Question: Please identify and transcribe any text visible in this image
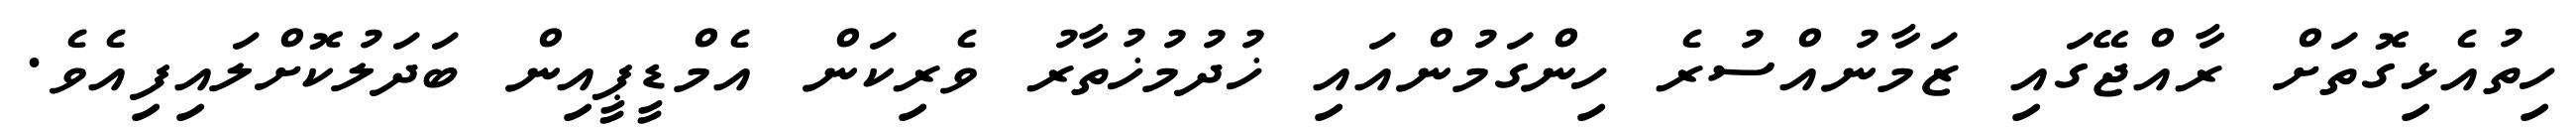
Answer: ހިތުއެޅިގޮތަށް ރާއްޖޭގައި ޒަމާނުއްސުރެ ހިންގަމުންއައި ޚުދުމުޚުތާރު ވެރިކަން އެމްޑީޕީއިން ބަދަލުކޮށްލައިފިއެވެ.